Annual administration and progress report of the Indian Medical Department, Bombay
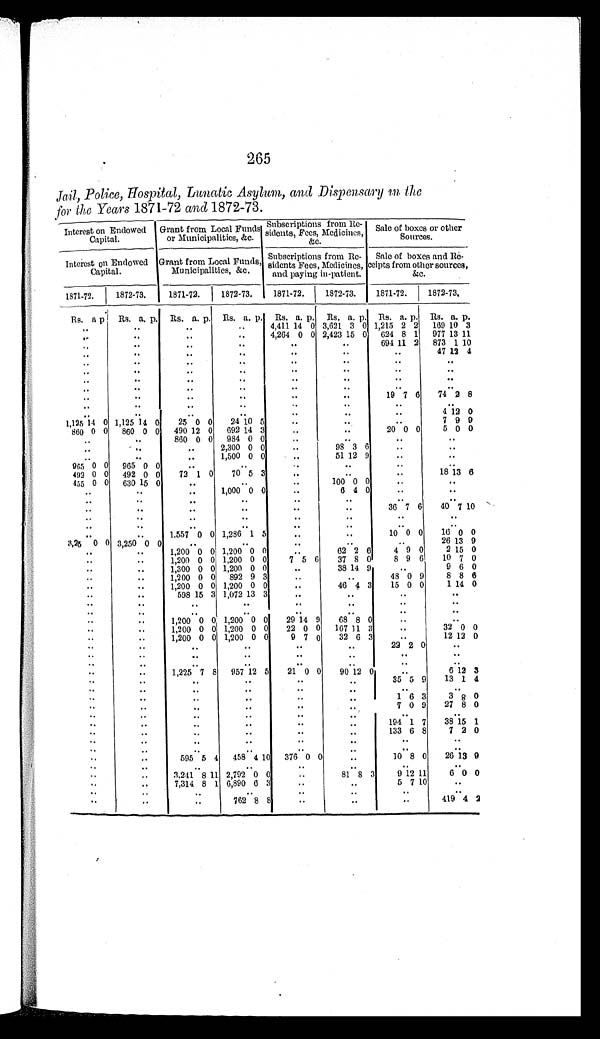
265
Jail, Police, Hospital, Lunatic Asylum, and Dispensary in the
for the Years 1871-72 and 1872-73.
Interest on Endowed
Capital.
Grant from Local Funds
or Municipalities, &c.
Subscri pt i ons from Re-
sidents, Fees,
Medicines. &c.
Sale of boxes or other
Sources.
Interest on Endowed
Capital.
Grant from Local Funds,
Municipalities, &c.
S u b s c r i p t i o n s f r o m R e -
sidents Fees, Medicines,
and paying in-patient.
Sale of boxes
a n d R e -
c e i p t s f r o m o t h e r s o u r c e s ,
&c.
1871-72.
1872-73.
1871-72.
1872-73.
1871-72.
1872-73.
1871-72.
1 8 7 2 - 7 3 .
Rs. a p. Rs. a. p. Rs. a. p. Rs. a. p. Rs. a. p. Rs. a. p. Rs. a.
p.
Rs.
a.
p.
.
..
4,411 14 0 3,621 3 0 1,215 2 2
169 10 3
..
..
..
4,264 0 0 2,423 15 0 624 8 1
977
13 11
. .
..
..
..
..
694 11 2
873 1 10
..
. .
..
47 12 4
. .
. .
..
..
..
. .
. .
..
..
..
. .
. .
..
..
..
..
..
..
..
..
..
..
..
..
..
..
19 7 6
74 2 8
. .
..
. .
. .
..
..
..
. .
. .
. .
. .
..
4 12 0
1,125 14 0 1,125 14 0
25 0 0
24 10 5
..
7 9 9
860 0 0
860 0 0
490 12 0
692 14 3
..
20 0 0
5 0 0
..
860 0 0 984 0 0
..
..
..
..
..
. .
..
2,300 0 0
..
98 3 6
..
..
..
. .
..
1,500 0 0
. .
51 12 9
..
..
965 0 0
965 0 0
..
..
. .
..
..
..
492 0 0 492 0 0
72 1 0
70 5 3
..
..
..
18 13 6
455 0 0
630 15 0
..
..
..
100 0 0
..
..
..
..
..
1,000 0 0
..
6 4 0
..
..
..
..
..
. .
. .
..
..
..
..
..
..
..
. .
..
36 7 6
40 7 10
..
..
..
..
. .
. .
. .
..
..
..
. .
. .
..
. .
. .
1,557 0 0 1,236 1 5
.
..
10 0 0
16 0 0
3,25 0 0 3,250 0 0
. .
..
..
. .
..
26 13 9
..
..
1,200 0 0 1,200 0 0
62 2 6
4 9 0
2 15 0
..
..
1,200 0 0 1,200 0 0
7 5 6
37 8 0
8 9 6
10 7 0
. .
. .
1,300 0 0 1,200 0 0
..
38 14 9
..
9 6 0
..
..
1,200 0 0
892 9 3
..
48 0 9
8 8 6
..
..
1,200 0 0 1,200 0 0
..
46 4 3
15 0 0
1 14 0
. .
. .
598 15 3 1,072 13 3
..
..
..
..
..
..
..
..
..
..
..
..
..
..
..
..
..
..
..
. .
..
1,200 0 0 1,200 0 0
29 14 9
68 8 0
..
. .
..
1,200 0 0 1,200 0 0
22 0 0
167 11 3
..
32 0 0
..
1,200 0 0 1,200 0 0
9 7 0
32 6 3
..
12 12 0
. .
.
. .
. .
..
..
22 2 0
..
. .
..
. .
. .
..
..
..
..
-
..
. .
. .
..
..
..
..
. .
. .
1,225 7 8
957 12 5
21 0 0
90 12
6 12 3
. .
. .
. .
. .
..
..
35 5 9
13 1 4
. .
..
..
.
. .
..
..
..
.
. .
.
..
. .
..
1 6 3
3 8 0
. .
..
..
..
..
7 0 9
27 8 0
..
..
..
..
..
..
..
..
.
..
..
..
..
.,
194 1 7
38 15 1
.
..
..
..
..
..
133 6 8
7 2 0
.
..
..
,.
..
..
..
. .
..
..
. .
..
..
..
..
..
595
5 4
458 4 10
376 0 0
..
10 8 0
26 13 9
..
..
..
..
..
..
..
3,241 8 11 2,792 0 0
. .
81 8 3
9 12 11
6 0 0
.
..
7,314 8 1 6,890 6 3
..
..
5 7 10
..
. .
..
..
..
..
..
..
.
..
..
762 8 8
..
..
..
419 4 2